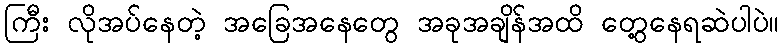
ကြီး လိုအပ်နေတဲ့ အခြေအနေတွေ အခုအချိန်အထိ တွေ့နေရဆဲပါပဲ။